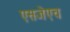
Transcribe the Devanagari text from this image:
एसजेएच